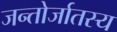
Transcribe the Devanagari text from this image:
जन्तोर्जातस्य